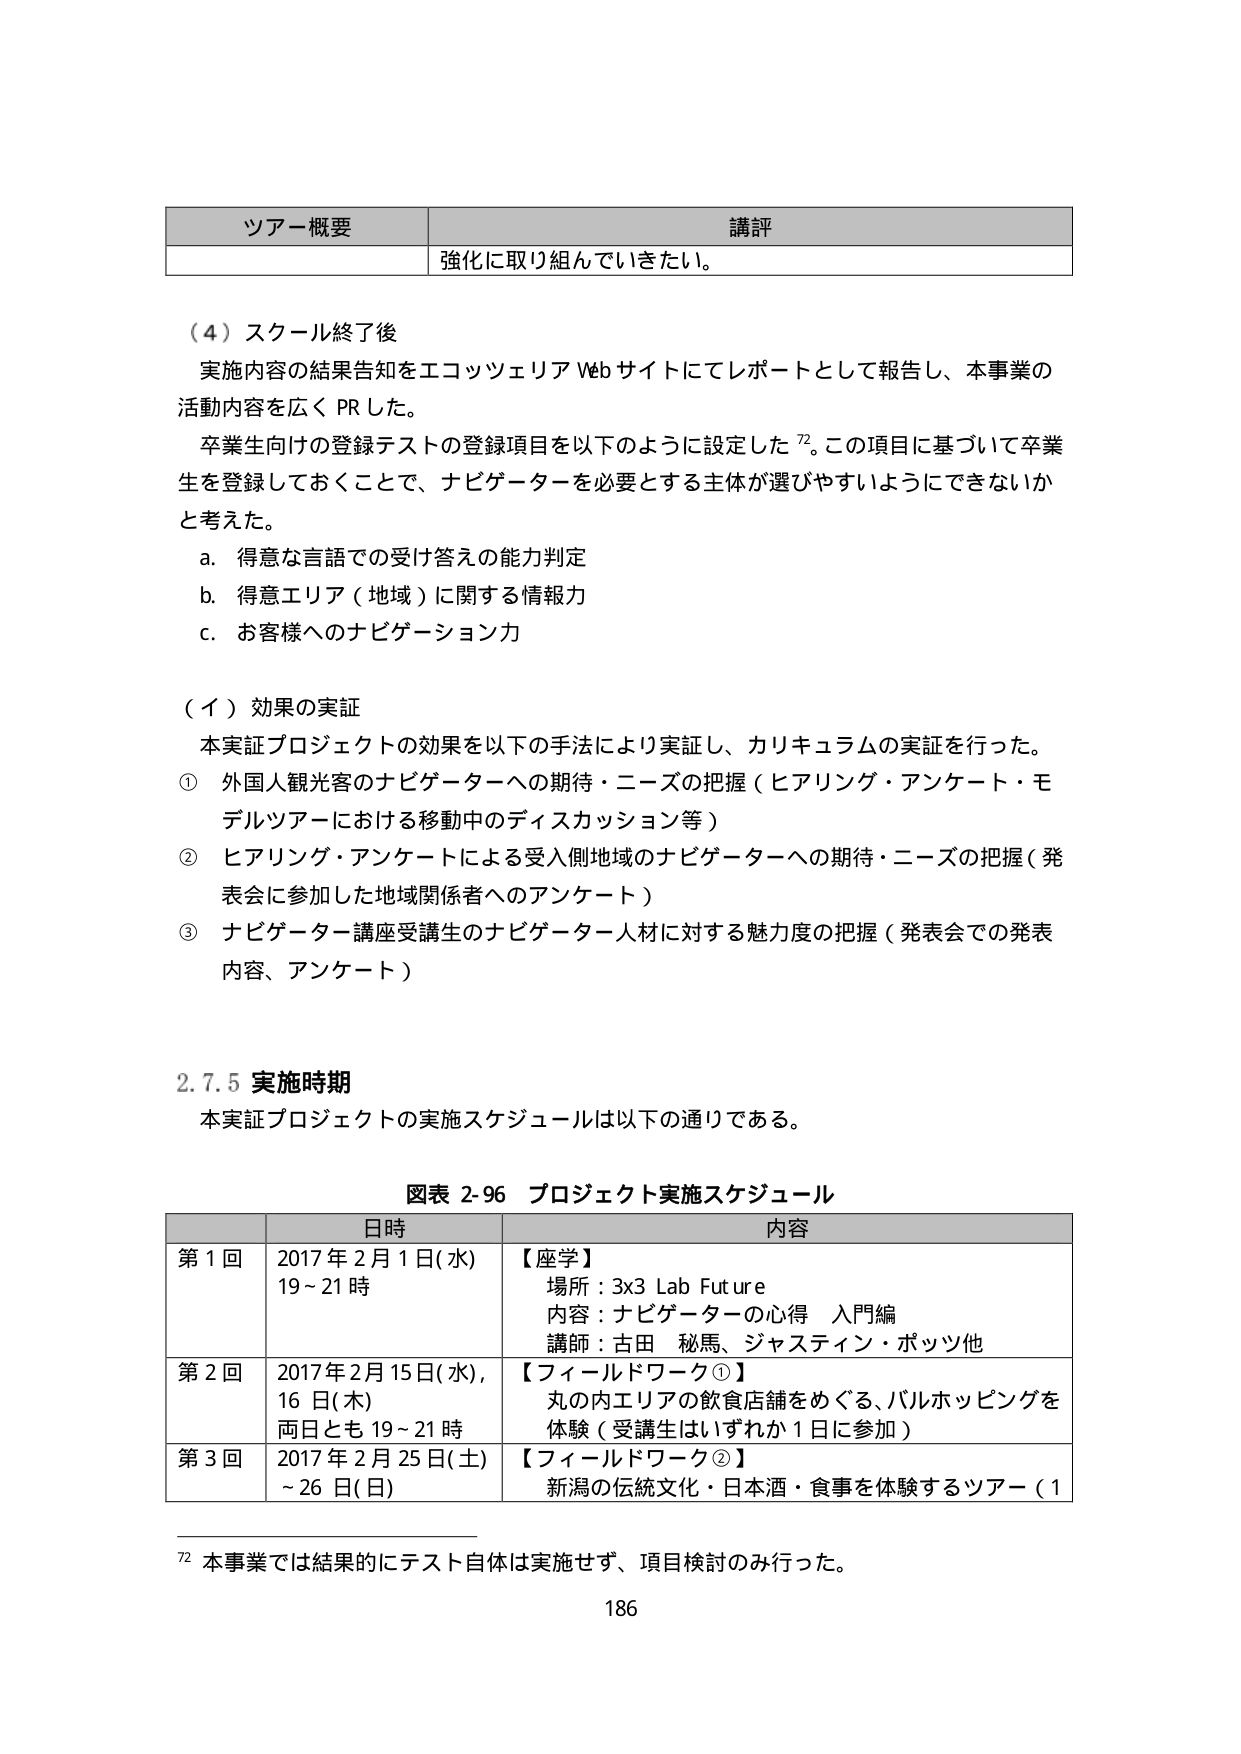
ツアー概要 講評
強化に取り組んでいきたい。

（４）スクール終了後
実施内容の結果告知をエコツェリア Web サイトにてレポートとして報告し、本事業の
活動内容を広く PR した。
卒業生向けの登録テストの登録項目を以下のように設定した 72。この項目に基づいて卒業
生を登録しておくことで、ナビゲーターを必要とする主体が選びやすいようにできないか
と考えた。
a. 得意な言語での受け答えの能力判定
b. 得意エリア（地域）に関する情報力
c. お客様へのナビゲーション力

（イ）効果の実証
本実証プロジェクトの効果を以下の手法により実証し、カリキュラムの実証を行った。
① 外国人観光客のナビゲーターへの期待・ニーズの把握（ヒアリング・アンケート・モ
デルツアーにおける移動中のディスカッション等）
② ヒアリング・アンケートによる受入側地域のナビゲーターへの期待・ニーズの把握（発
表会に参加した地域関係者へのアンケート）
③ ナビゲーター講座受講生のナビゲーター人材に対する魅力度の把握（発表会での発表
内容、アンケート）

2.7.5 実施時期
本実証プロジェクトの実施スケジュールは以下の通りである。

図表 2-96 プロジェクト実施スケジュール
日時 内容
第 1 回 2017 年 2 月 1 日(水) 19～21 時 【座学】
場所：3x3 Lab Future
内容：ナビゲーターの心得 入門編
講師：古田 秘馬、ジャスティン・ポッツ他
第 2 回 2017 年 2 月 15 日(水)、16 日(木) 両日とも 19～21 時 【フィールドワーク①】
丸の内エリアの飲食店舗をめぐる、バルホッピングを
体験（受講生はいずれか 1 日に参加）
第 3 回 2017 年 2 月 25 日(土)～26 日(日) 【フィールドワーク②】
新潟の伝統文化・日本酒・食事を体験するツアー（1

72 本事業では結果的にテスト自体は実施せず、項目検討のみ行った。
186